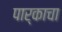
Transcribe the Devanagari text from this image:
पार्काचा